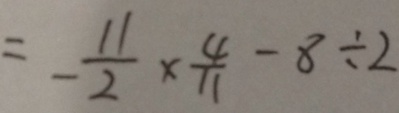
= - \frac { 1 1 } { 2 } \times \frac { 4 } { 1 1 } - 8 \div 2